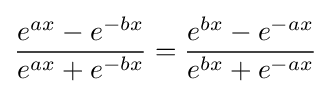
{\frac {e^{ax}-e^{-bx}}{e^{ax}+e^{-bx}}}={\frac {e^{bx}-e^{-ax}}{e^{bx}+e^{-ax}}}